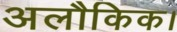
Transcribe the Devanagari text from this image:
अलौकिक।